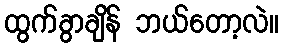
ထွက်ခွာချိန် ဘယ်တော့လဲ။